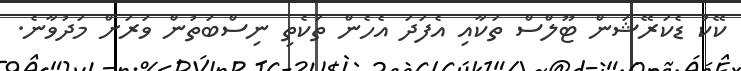
ކޭކު ޑެކަރޭޝަން ޓޫލްސް ތަކާއި އެފަދަ އެހެން ތަކެތި ނިސްބަތުން ވަރަށް މަދުވާނެ.